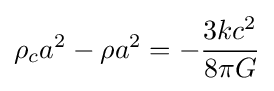
\rho _{c}a^{2}-\rho a^{2}=-{\frac {3kc^{2}}{8\pi G}}